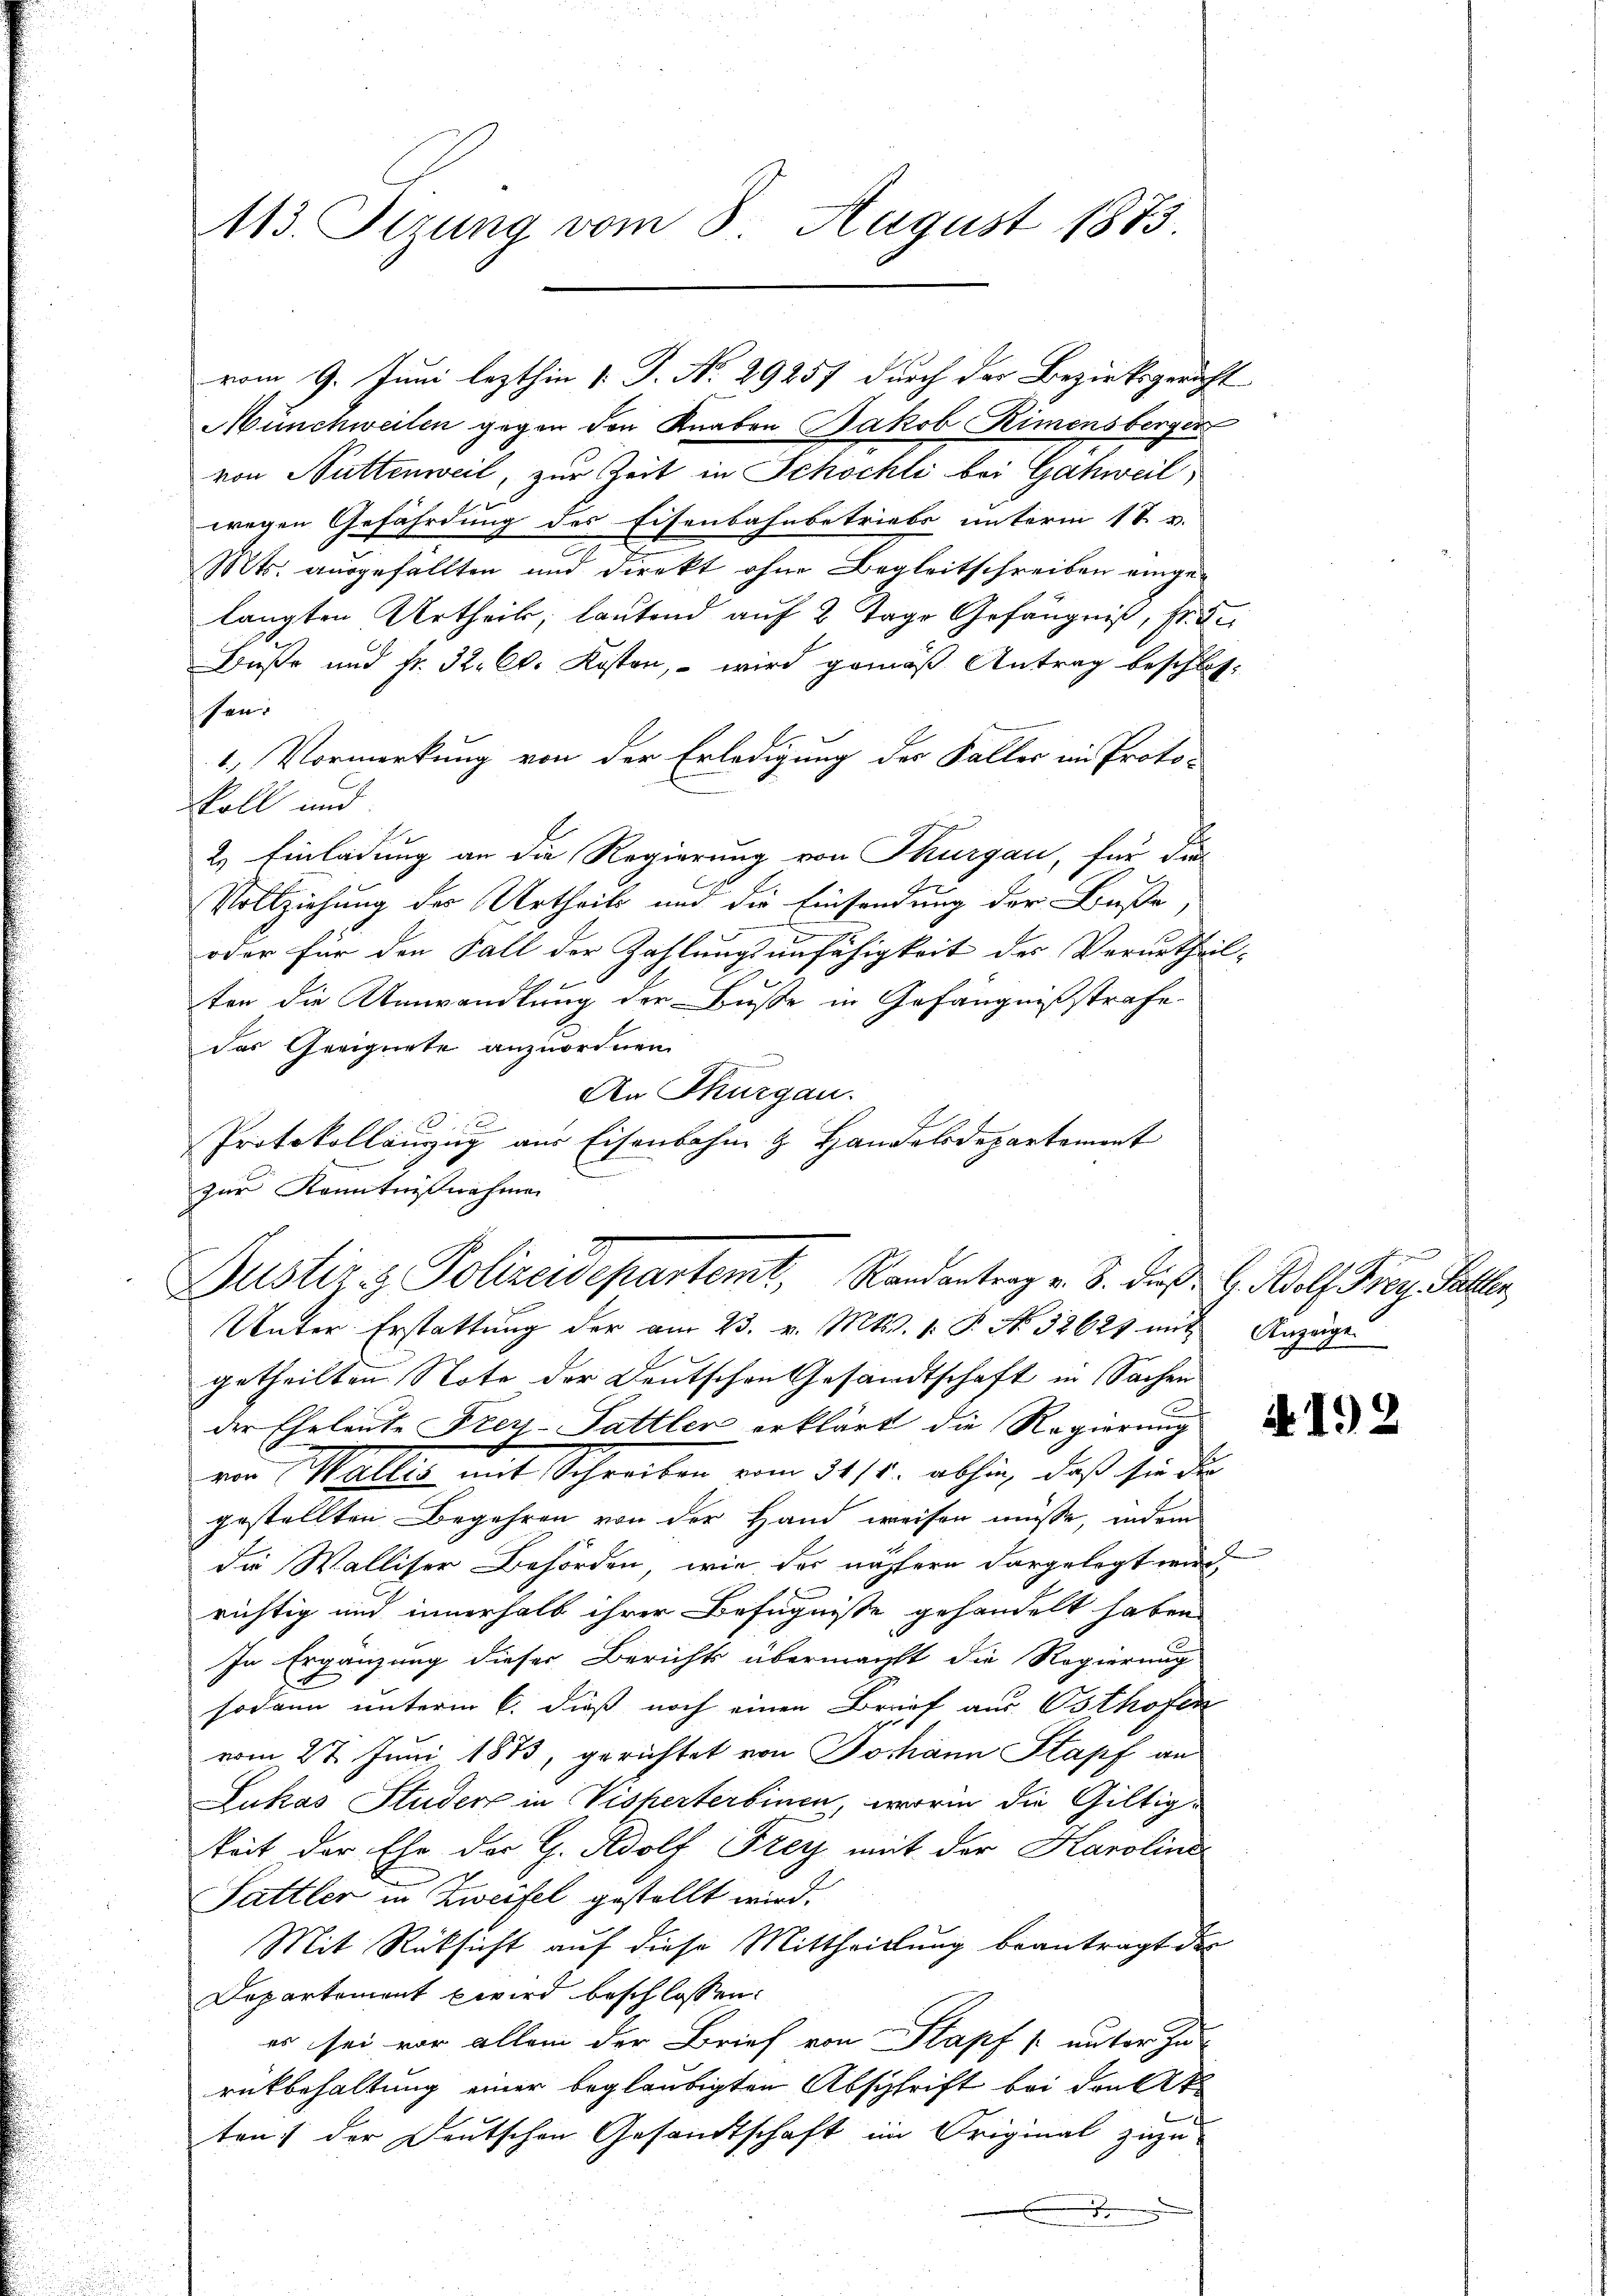
113. Sizung vom 8. August 1873.

Münchweilen gegen den Knaben Jakob Kimensbergen
von Nüttenweil, zur Zeit in Schochli bei Gahweil
wegen Gefährdung des Eisenbahnbetriebs unterm 17. v.
Mts. ausgefällten und direkt ohne Begleitschreiben eingelangten Urtheil, lautend auf 2 Tage Gefängnis, s.
Buße und Fr. 32. Cl. Kosten, – wird gemäß Antrag beschlos-
sen.
1.) Vormerkung von der Erledigung der Faller im Proto-
oll und
2. Einladung an die Regierung von Thurgau, für die
Vollziehung der Urtheils und die Einsendung der Buße,
oder für den Fall der Zahlungsunfähigkeit des Verurtheil-
ten die Umwandlung der Buße in Gefängnißstrafe
das Geeignete anzuordnen
An Thurgau.
E
Protokollauszug aus Eisenbahn & Handelsdepartement
E
zur Kenntnißnahmen

vom 9. Juni lezthin 1. P. No 29257 durch der Bezirksgericht

2
Justiz- & Polizeidepartemt, Randantrag v. 8. die G. Adolf Frey. Faller
Unter Erstattung der am 23. v. Mts. 1. P. No. 32621 mit Anzeige

getheilten Note der Deutschen Gesandtschaft in Sachen
der Eheleute Frey-Sattler erklärt die Regierung
vin Wallis mit Schreiben vom 11/2. abhin, daß sie die
gestellten Begehren von der Hand weisen müsse, indem
die Walliser Behörden, wie der nähern dargelegt wird
richtig und innerhalb ihrer Befugnisse gehandelt haben
In Ergänzung dieser Berichts übermacht die Regierung
sodann unterm 6. dieß noch einen Brief aus Osthofen
vom 27. Juni 1873, gerichtet von Johann Stapf an
Lukas Studers in Visperterbinen, worin die Gültigkeit der Ehe der G. Adolf Frey mit der Karolina
Sattler in Zweifel gestellt wird.
Mit Rüksicht auf diese Mittheillung beantragt der
Departement wird beschlossen:
er sei vor allem der Brief von Stapf s. unter zu
rückbehaltung einer beglaubigten Abschrift bei del
ten) der Deutschen Gesandtschaft im Original zuzu-

fest

N 192